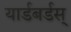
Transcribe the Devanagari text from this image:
यार्डबर्डस्